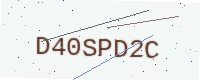
Text: D40SPD2C